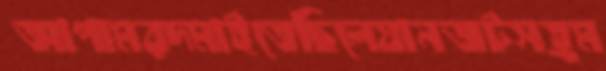
আপামরদমাইতেছিলেযানজটসহ্রম